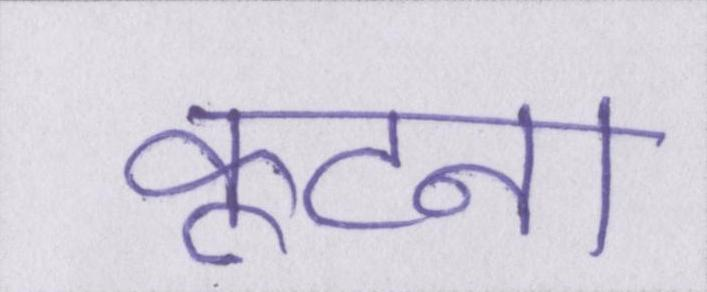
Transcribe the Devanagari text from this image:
कूटना